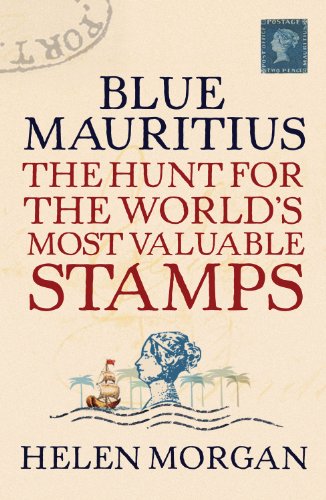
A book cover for Blue Mauritius: The Hunt for the World's Most Valuable Stamps; Helen Morgan; Crafts, Hobbies & Home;